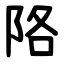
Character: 䧄